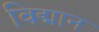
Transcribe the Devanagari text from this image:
विद्मान